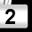
Digit: 2